Annual administration report of the Civil Veterinary Department of India - 1895-1896
Year: 1895
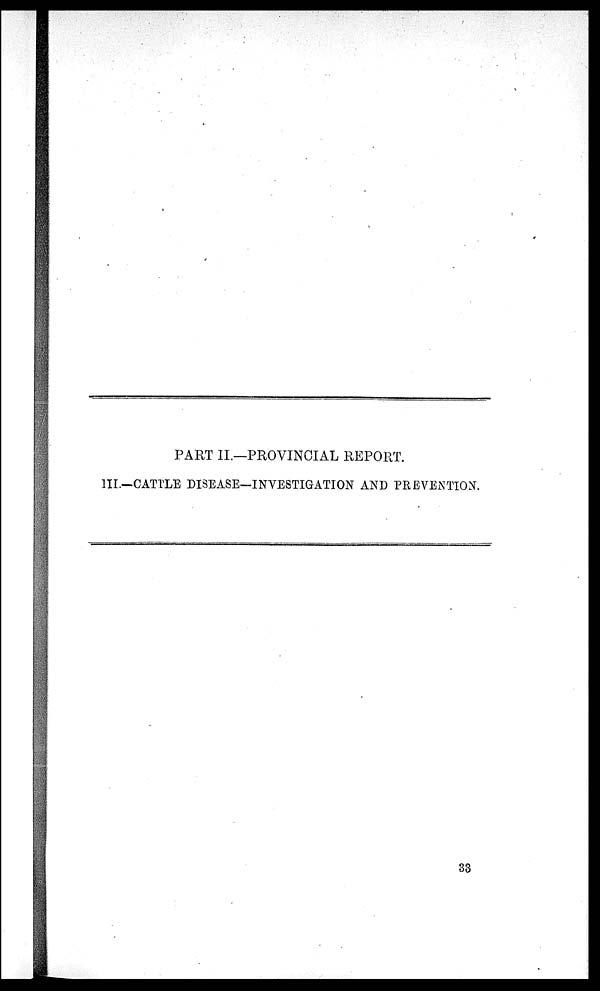
PART II.—PROVINCIAL REPORT.
III.—CATTLE DISEASE—INVESTIGATION AND PREVENTION.
33